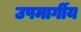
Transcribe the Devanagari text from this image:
उपमार्गीय